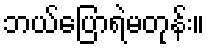
ဘယ်ပြောရဲမတုန်း။